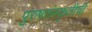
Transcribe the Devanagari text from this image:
पुरुषसंस्कृतीची